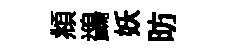
頫鷁妖昉